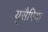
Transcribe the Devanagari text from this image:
यूसैपिया